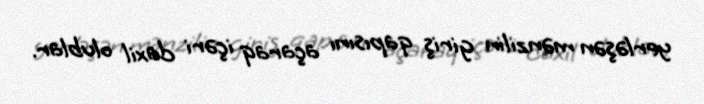
yerləşən mənzilin giriş qapısını açaraq içəri daxil olublar.